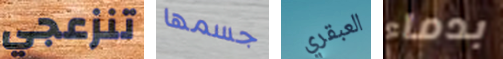
تنزعجي جسمها العبقري بدماء